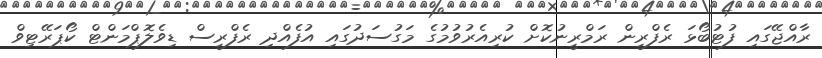
ރާއްޖޭގައި ފުޓުބޯޅަ ރެފްރީން ރަމްރީނުކޮށް ކުރިއެރުވުމުގެ މަގުސަދުގައި އުފެއްދި ރެފްރީސް ޑިވެލޮޕްމަންޓް ކޯޕަރޭޓިވް